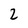
Character: 2